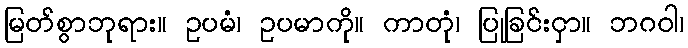
မြတ်စွာဘုရား။ ဥပမံ၊ ဥပမာကို။ ကာတုံ၊ ပြုခြင်းငှာ။ ဘဂဝါ၊